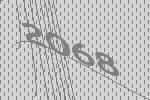
2068